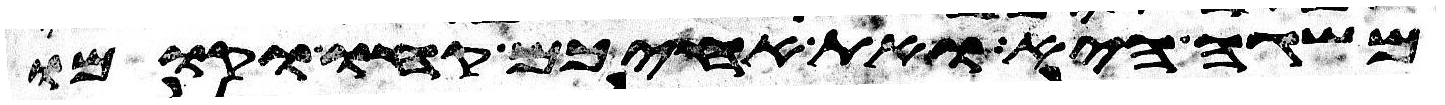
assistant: משגה היא ואת אחיכם קחו וקומו